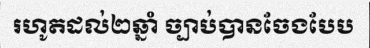
រហូតដល់២ឆ្នាំ ច្បាប់បានចែងបែប